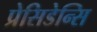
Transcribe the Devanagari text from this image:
प्रेसिडेन्सि